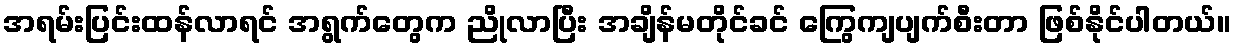
အရမ်းပြင်းထန်လာရင် အရွက်တွေက ညိုလာပြီး အချိန်မတိုင်ခင် ကြွေကျပျက်စီးတာ ဖြစ်နိုင်ပါတယ်။